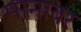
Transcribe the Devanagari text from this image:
मानावर